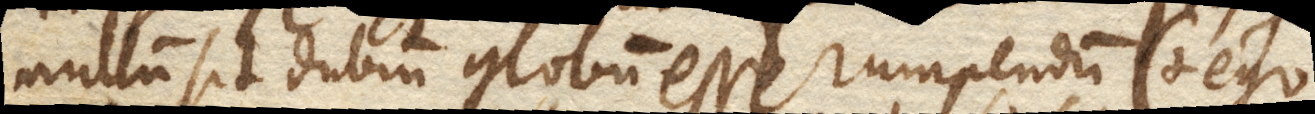
nullum sit dubium globum esse rumpendum. (+ Ego